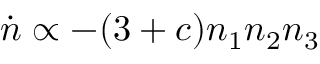
\dot { n } \propto - ( 3 + c ) n _ { 1 } n _ { 2 } n _ { 3 }